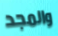
والمجد